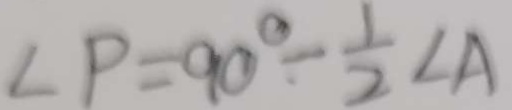
\angle P = 9 0 ^ { \circ } - \frac { 1 } { 2 } \angle A